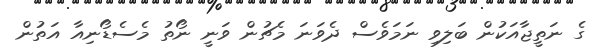
ގެ ނަތީޖާއަކުން ބަލިވި ނަމަވެސް ދެވަނަ މެޗުން ވަނީ ނޯތު މެސެޑޯނިއާ އަތުން